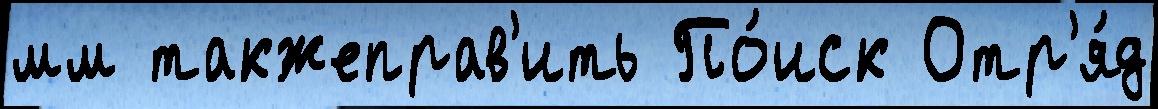
мм такжеправ'ить По́иск Отр'я́д